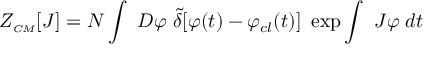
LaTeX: Z _ { \scriptscriptstyle C M } [ J ] = N \int ~ { \cal D } \varphi ~ { \tilde { \delta } } [ \varphi ( t ) - \varphi _ { c l } ( t ) ] ~ \exp \int ~ J \varphi \; d t